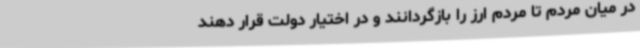
در میان مردم تا مردم ارز را بازگردانند و در اختیار دولت قرار دهند